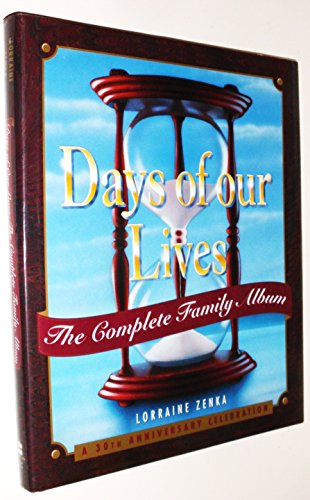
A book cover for Days of Our Lives: The Complete Family Album: A 30th Anniversary Celebration; Lorraine Zenka; Humor & Entertainment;